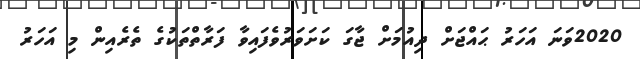
2020ވަނަ އަހަރު ޙައްޖަށް ދިއުމަށް ޖާގަ ކަށަވަރުވެފައިވާ ފަރާތްތަކުގެ ތެރެއިން މި އަހަރު